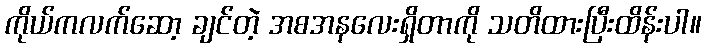
ကိုယ်ကလက်ဆော့ ချင်တဲ့ အစအနလေးရှိတာကို သတိထားပြီးထိန်းပါ။